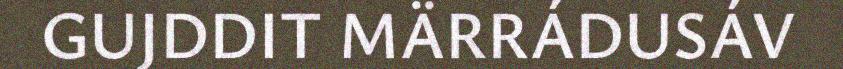
GUJDDIT MÄRRÁDUSÁV